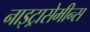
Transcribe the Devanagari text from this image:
नाइट्रासेमीन्स